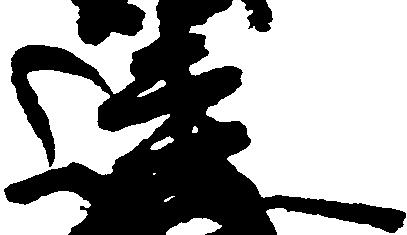
連